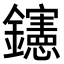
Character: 𨯶